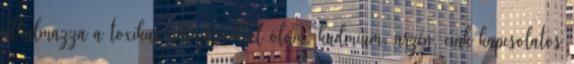
alkalmazza a toxikus nehézfémekkel ólom, kadmium, arzén, cink kapcsolatos